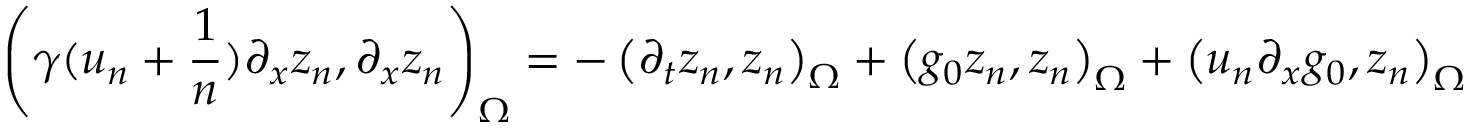
\left( \gamma ( u _ { n } + \frac { 1 } { n } ) \partial _ { x } z _ { n } , \partial _ { x } z _ { n } \right) _ { \Omega } = - \left( \partial _ { t } z _ { n } , z _ { n } \right) _ { \Omega } + \left( g _ { 0 } z _ { n } , z _ { n } \right) _ { \Omega } + \left( u _ { n } \partial _ { x } g _ { 0 } , z _ { n } \right) _ { \Omega }